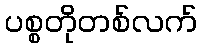
ပစ္စတိုတစ်လက်